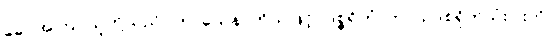
ခေါ၊ အကြင်သူတို့သည်။ ကာယေန၊ ကိုယ်ဖြင့်။ ဒုစ္စရိတံ၊ ကာယဒုစရိုက်သုံးပါးကို။